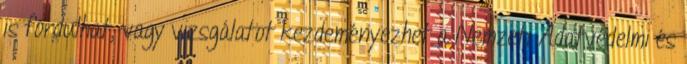
is fordulhat, vagy vizsgálatot kezdeményezhet a Nemzeti Adatvédelmi és